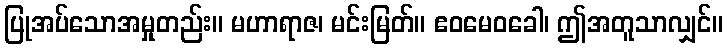
ပြုအပ်သောအမှုတည်း။ မဟာရာဇ၊ မင်းမြတ်။ ဧဝမေဝခေါ၊ ဤအတူသာလျှင်။